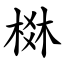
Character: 棥